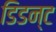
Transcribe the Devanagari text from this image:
डिडन्‍ट